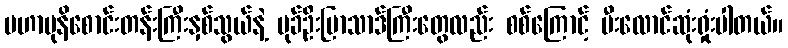
မဟာမုနိစောင်းတန်းကြီးနှစ်သွယ်နဲ့ မုခ်ဦးပြာသာဒ်ကြီးတွေလည်း စစ်ကြောင့် မီးလောင်ဆုံးရှုံးပါတယ်။